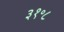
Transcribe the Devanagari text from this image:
३१॰८